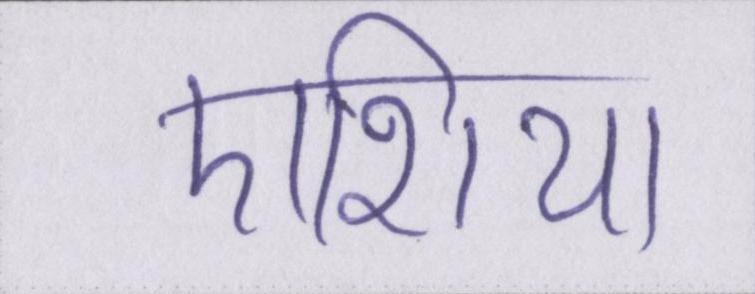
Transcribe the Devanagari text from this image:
एशिया